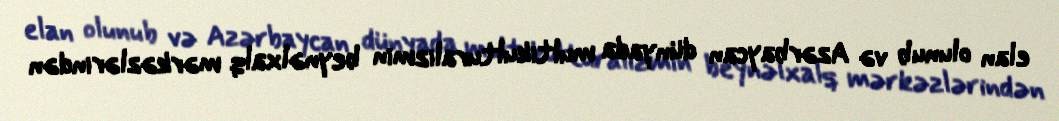
elan olunub və Azərbaycan dünyada multikulturalizmin beynəlxalq mərkəzlərindən